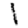
Digit: 1